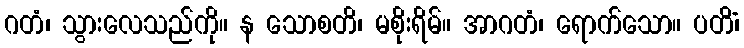
ဂတံ၊ သွားလေသည်ကို။ န သောစတိ၊ မစိုးရိမ်။ အာဂတံ၊ ရောက်သော။ ပတိံ၊